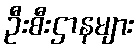
ဦးစီးဌာနများ